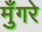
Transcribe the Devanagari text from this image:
मुँगरे